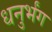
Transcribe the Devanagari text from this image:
धनुर्भंग